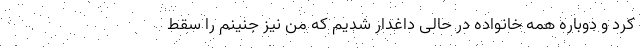
کرد و دوباره همه خانواده در حالی داغدار شدیم که من نیز جنینم را سقط